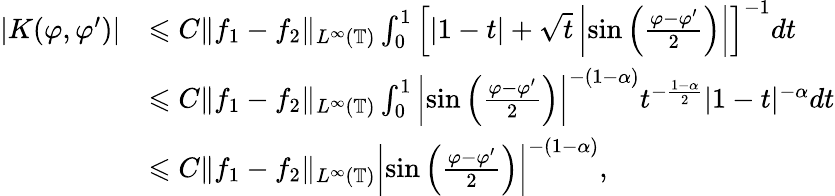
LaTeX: \begin{array}{rl}{|K(\varphi,\varphi^{\prime})|}&{\leqslant C\| f_{1}-f_{2}\| _{L^{\infty}(\mathbb{T})}\int_{0}^{1}\Big[|1-t|+\sqrt{t}\left|\sin\left(\frac{\varphi-\varphi^{\prime}}{2}\right)\right|\Big]^{-1}dt}\\ &{\leqslant C\| f_{1}-f_{2}\| _{L^{\infty}(\mathbb{T})}\int_{0}^{1}\left|\sin\left(\frac{\varphi-\varphi^{\prime}}{2}\right)\right|^{-(1-\alpha)}t^{-\frac{1-\alpha}{2}}|1-t|^{-\alpha}dt}\\ &{\leqslant C\| f_{1}-f_{2}\| _{L^{\infty}(\mathbb{T})}\left|\sin\left(\frac{\varphi-\varphi^{\prime}}{2}\right)\right|^{-(1-\alpha)},}\end{array}